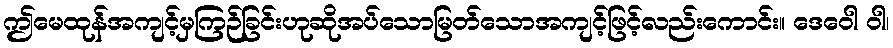
ဤမေထုန်အကျင့်မှကြဉ်ခြင်းဟုဆိုအပ်သောမြတ်သောအကျင့်ဖြင့်လည်းကောင်း။ ဒေဝေါ ဝါ၊